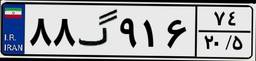
۳۱گ۴۵۲۵۵